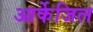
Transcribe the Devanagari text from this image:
आर्केजिल